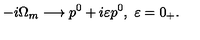
- i \Omega _ { m } \longrightarrow p ^ { 0 } + i \varepsilon p ^ { 0 } , \ \varepsilon = 0 _ { + } .